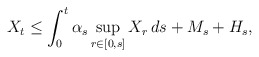
\begin{align*} X_t\leq\int_0^t\alpha_s\sup_{r\in[0,s]}X_r\,ds +M_s+H_s, \end{align*}